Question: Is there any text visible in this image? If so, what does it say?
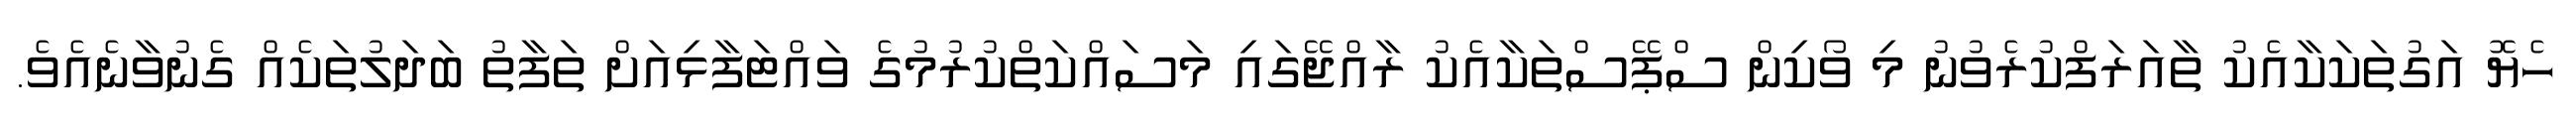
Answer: ހެޔޮ އަގުތަކަކާއެކު ތާއަރަފްކުރެވުނު މި ވޯކިން ސްޕޭސްތަކާއެކު ރާއްޖޭގައި މަސައްކަތްކުރުމުގެ ވައްޓަފާޅިއަށް ތަފާތު ބަދަލުތަކެއް ގެނުވާނެއެވެ.